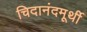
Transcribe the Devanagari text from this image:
चिदानंदमूर्थी